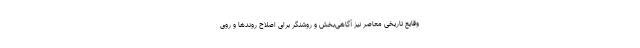
وقایع تاریخی معاصر نیز آگاهی‌بخش و روشنگر برای اصلاح روندها و روی